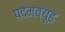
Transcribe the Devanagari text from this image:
पदमव्यूह